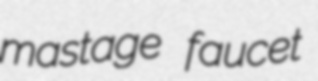
mastage faucet